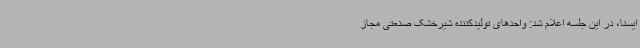
ایسنا، در این جلسه اعلام شد: واحدهای تولیدکننده شیرخشک صنعتی مجاز